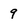
Character: 9